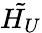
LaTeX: \tilde{H_{U}}